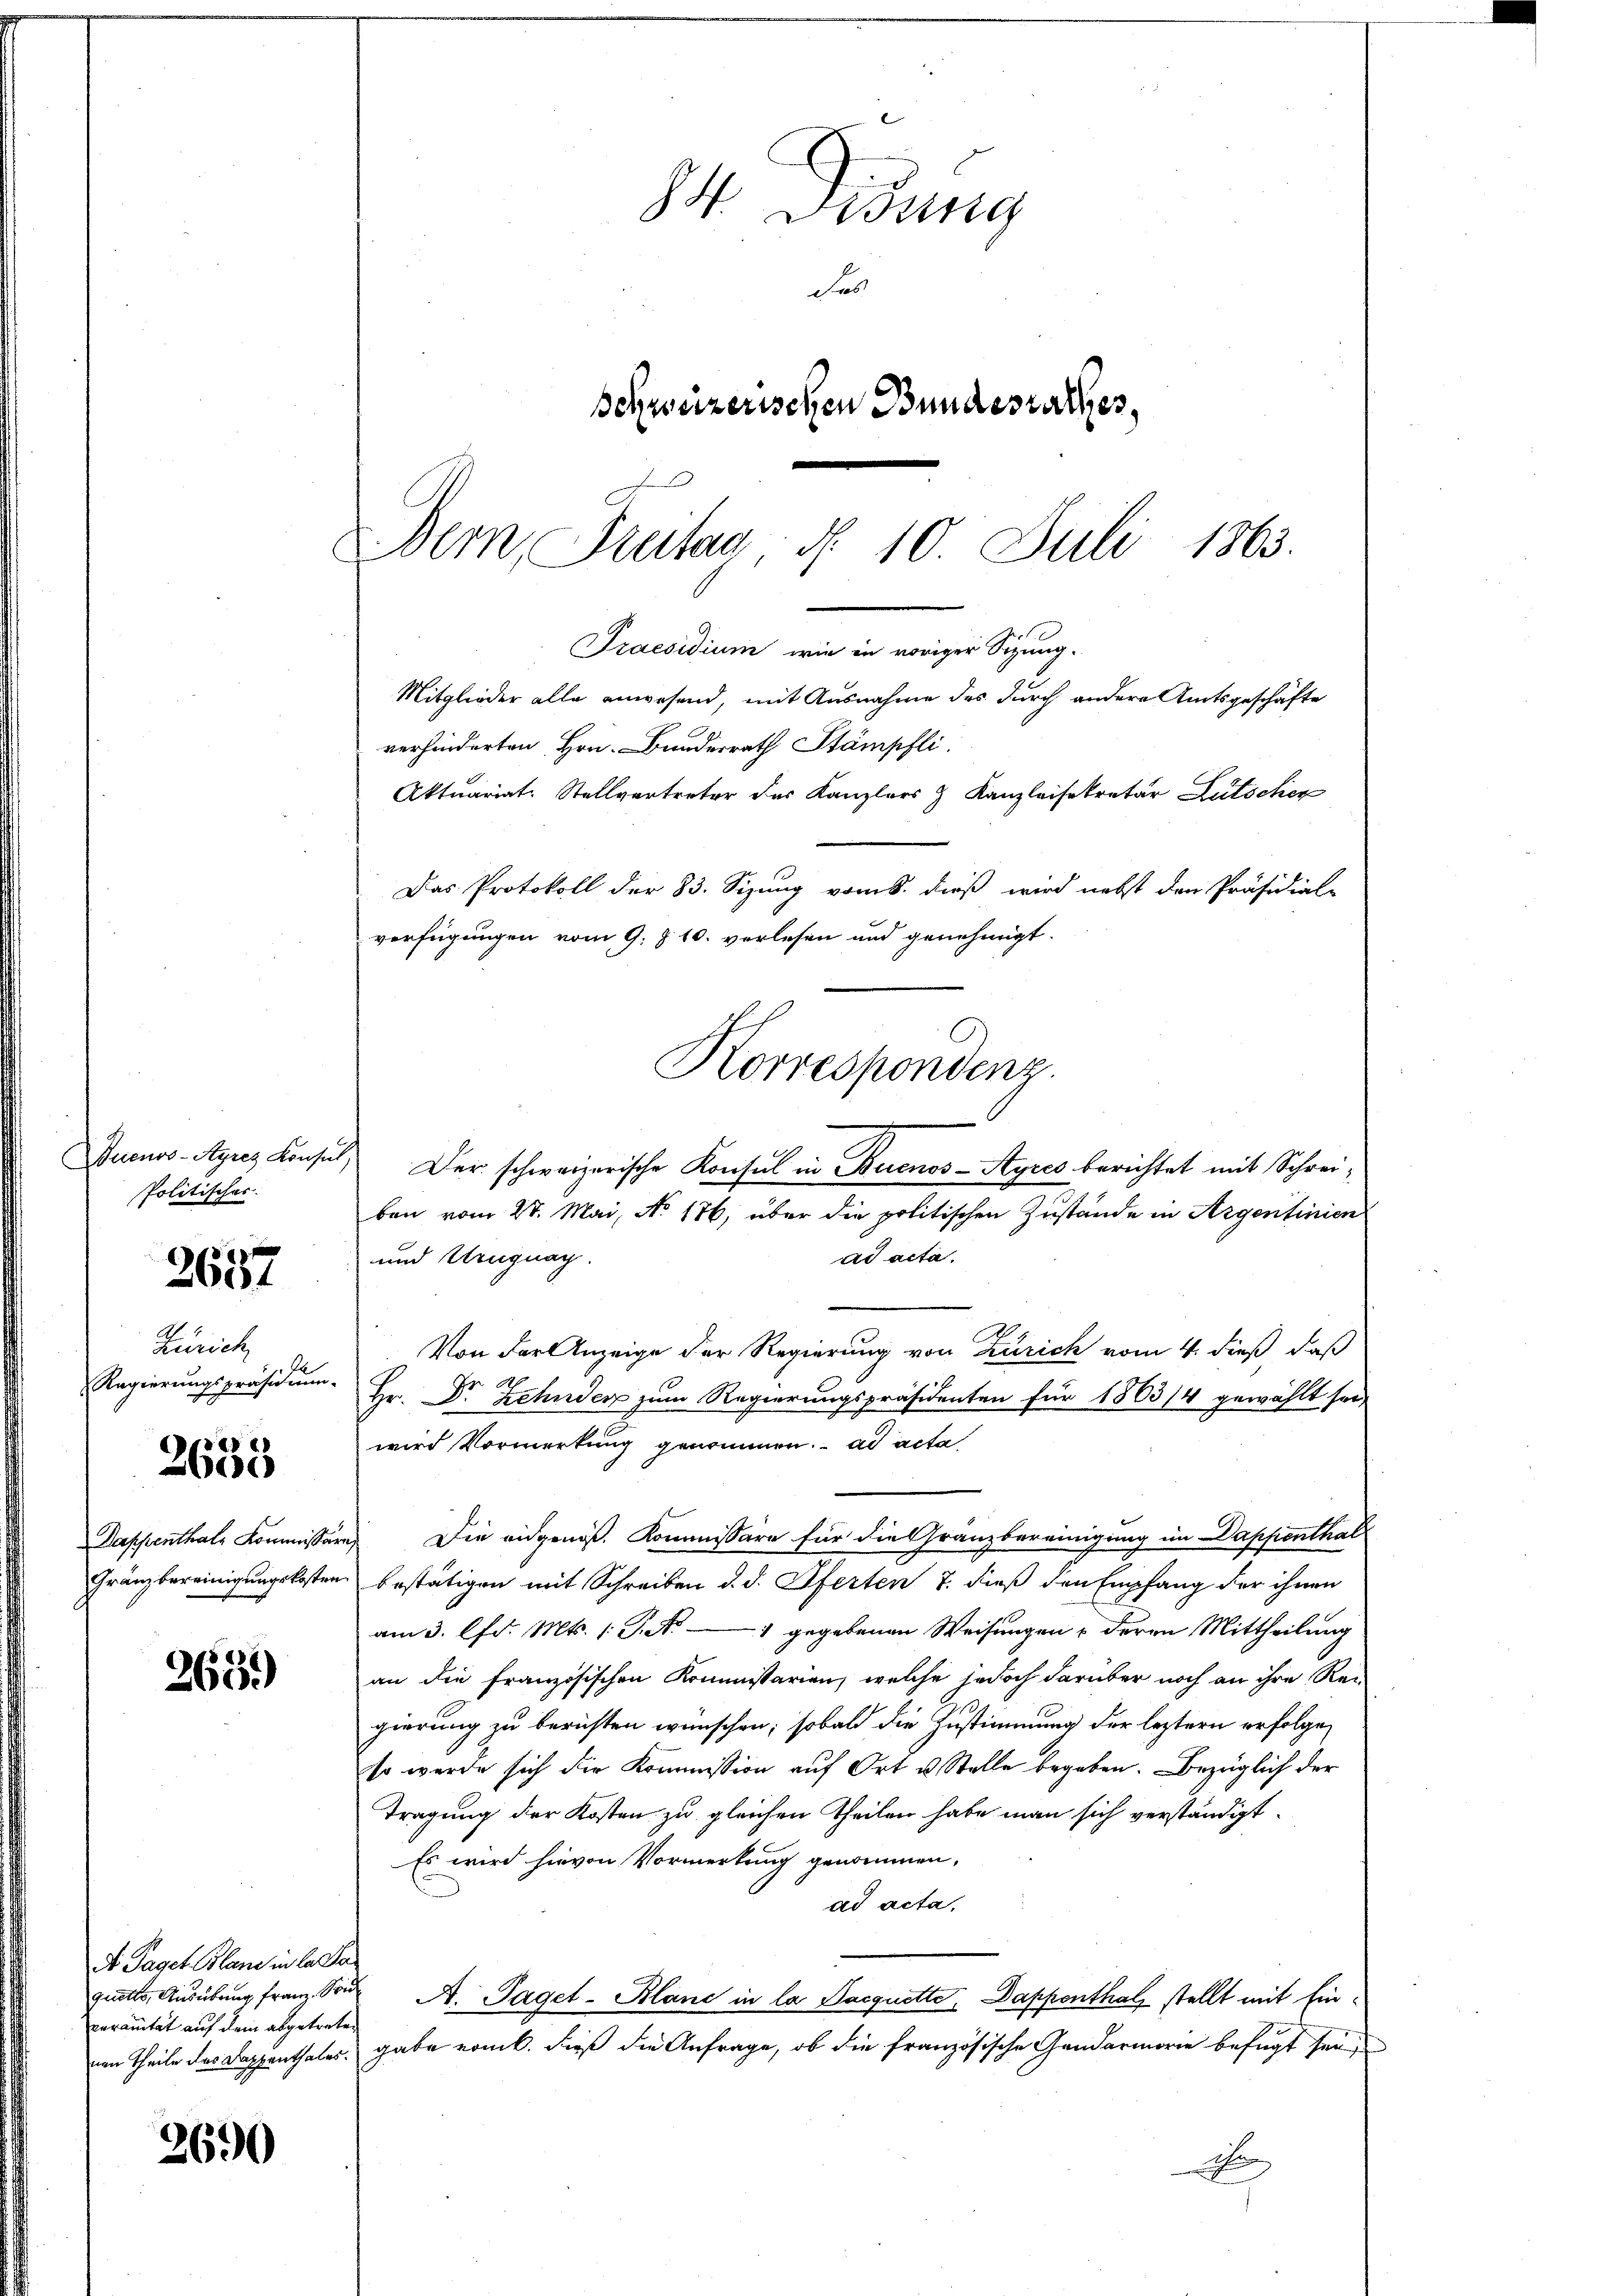
Buenos-Ayres Konse
Politisches.

2657

Zürich
Regierungspräsidium

2633

Dappenthale Kommissär
Gränz bereinigungskosten

2631)

dt Paget Plane in la Par
quetts, Ausübung franz, Seide
veranität auf dem abgetreten

2690

5
84. Disung
de
Schweizerischen Bundesrathes,
Der Freitag d. 10. Juli 1863.

Praesidium, wie in voriger Sizung.
Mitglieder alle anwesend, mit Ausnahme des durch andere Amtsgeschäfte
verhinderten Hrn. Bunderrath Stämpfli

Der schweizerische Konsul in Buenos-Ayres berichtet mit Schreiben vom 27. Mai, No 176, über die politischen Zustände in Argentinien
ad acta.
und Uruguag.
Von der Anzeige der Regierung von Zürich vom 4. dieß, daß
Hr. Dr Zehnder zum Regierungspräsidenten für 1863/4 gewählt sei,
wird Vormerkung genommen. ad acta
rn Die eidgenöß. Kommissäre für die Granzbereinigung im Dapfienthal
bestätigen mit Schreiben d. d. Pferten 7. dieß den Empfang der ihnen
am 3. lfd. Mts. 1 S. M. gegebenen Weisungen, deren Mittheilung
an die französischen Kommissarien, welche jedoch darüber noch an ihre Rei
gierung zu berichten wünschen; sobald die Zustimmung der leztern erfolge
so werde sich die Kommission auf Ort u. Stelle begeben. Bezüglich der
Tragung der Kosten zu gleichen Theilen habe man sich verständigt.
Es wird hievon Vormerkung genommen,
ad acta,
A. Taget-Blanc in la Jacquitte, Dappenthal stellt mit Einnen Theile des Dappenthales gabe rank. dieß die Anfrage, ob die französische Gandarmorie befugt sei,
No

Aktuariat-Stellvertreter des Kanzlers & Kanzleisekretär Lütschen
Das Protokoll der 83. Sizung vom 8. dieß wird nebst den Präsidial-
verfügungen vom 9. § 10. verlesen und genehmigt.

Korrespondenz.